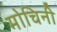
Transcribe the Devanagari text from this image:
मोचिनी